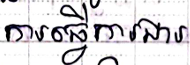
ការធ្វើការងារ